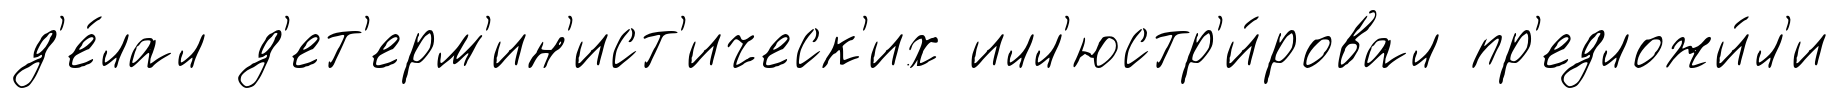
д'е́лал д'ет'ерм'ин'ист'ическ'их илл'юстр'и́ровал пр'едложи́л'и